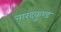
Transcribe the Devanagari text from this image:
नारदकुण्ड